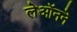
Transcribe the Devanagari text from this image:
लेऑनने